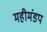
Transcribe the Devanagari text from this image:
महीमंडप